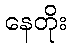
နေတိုး